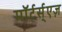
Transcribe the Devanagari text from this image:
माॅर्टर्स्एज़